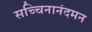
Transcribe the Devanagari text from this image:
सच्चिनानंदमन